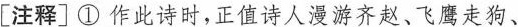
[注释]①作此诗时，正值诗人漫游齐赵、飞鹰走狗、